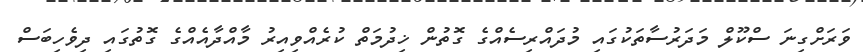
ވަރަށްގިނަ ސްކޫލް މަދަރުސާތަކުގައި މުދައްރިސެއްގެ ގޮތުން ޚިދުމަތް ކުރެއްވިއިރު މާއްދާއެއްގެ ގޮތުގައި ދިވެހިބަސް